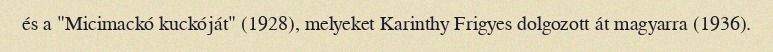
és a "Micimackó kuckóját" (1928), melyeket Karinthy Frigyes dolgozott át magyarra (1936).